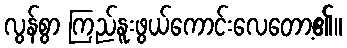
လွန်စွာ ကြည်နူးဖွယ်ကောင်းလေတော့၏။